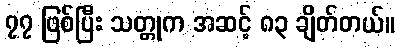
၇၇ ဖြစ်ပြီး သတ္တုက အဆင့် ၈၃ ချိတ်တယ်။